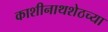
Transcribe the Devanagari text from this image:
काशीनाथशेठच्या